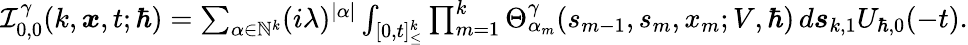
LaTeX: \begin{array}{r}{\mathcal{I}_{0,0}^{\gamma}(k,\boldsymbol{x},t;\hbar)=\sum_{\alpha\in\mathbb{N}^{k}}(i\lambda)^{|\alpha|}\int_{[0,t]_{\leq}^{k}}\prod_{m=1}^{k}\Theta_{\alpha_{m}}^{\gamma}(s_{m-1},{s}_{m},x_{m};V,\hbar)\, d\boldsymbol{s}_{k,1}U_{\hbar,0}(-t).}\end{array}